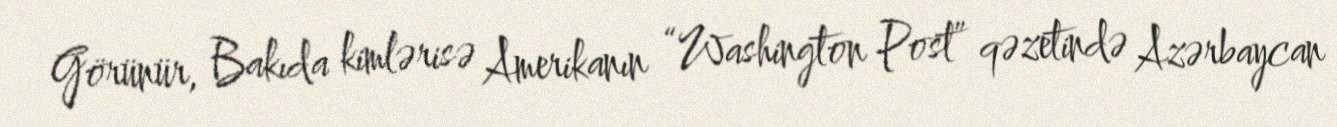
Görünür, Bakıda kimlərisə Amerikanın “Washington Post” qəzetində Azərbaycan